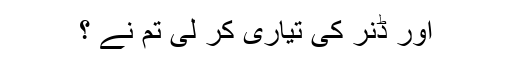
اور ڈنر کی تیاری کر لی تم نے ؟